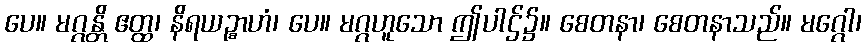
ပေ။ မဂ္ဂန္တိ ဧတ္ထ၊ နိရယဉ္စာဟံ၊ ပေ။ မဂ္ဂဟူသော ဤပါဌ်၌။ စေတနာ၊ စေတနာသည်။ မဂ္ဂေါ၊